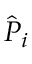
\hat { P } _ { i }